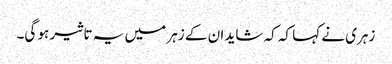
زہری نے کہا کہ کہ شاید ان کے زہر میں یہ تاثیر ہو گی۔